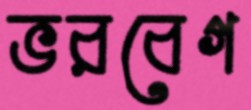
ভরবেগ